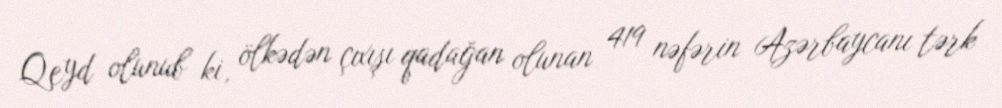
Qeyd olunub ki, ölkədən çıxışı qadağan olunan 419 nəfərin Azərbaycanı tərk